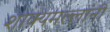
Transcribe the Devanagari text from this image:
शाक्यमल्लांनी